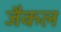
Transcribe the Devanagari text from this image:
जैकल